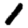
Digit: 1